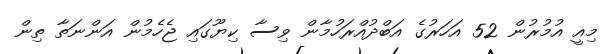
މިއީ އުމުރުން 52 އަހަރުގެ އަބްދުއްރަހުމާން ވިސާ ކިޔޫގައި ޖެހެމުން އަންނަތާ ތިން